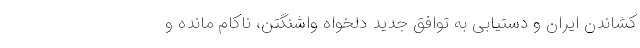
کشاندن ایران و دستیابی به توافق جدید دلخواه واشنگتن، ناکام مانده و